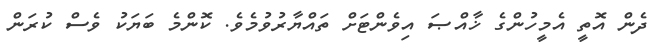
ދެން އޮތީ އެމީހުންގެ ޚާއްޞަ އިވެންޓަށް ތައްޔާރުވުމެވެ. ކޮންމެ ބަޔަކު ވެސް ކުރަން